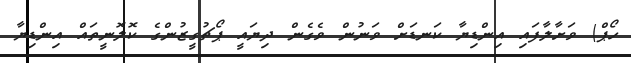
ހޯޕް) ވަށާލާފައި އިންޑިޔާ ކަނޑަށް ވަނުން ވެގެން ދިޔައީ ޕޯޗުގީޒުންގެ ކޮލޮނީތައް އިންޑިޔާ